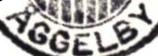
ÅGGELBY